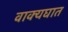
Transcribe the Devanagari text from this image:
वाक्यघात